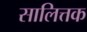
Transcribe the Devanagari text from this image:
सालित्तक